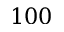
1 0 0